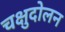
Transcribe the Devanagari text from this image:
चक्षुदोलन